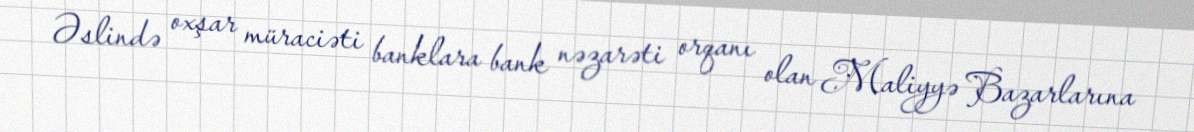
Əslində oxşar müraciəti banklara bank nəzarəti orqanı olan Maliyyə Bazarlarına